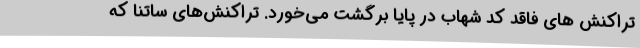
تراکنش های فاقد کد شهاب در پایا برگشت می‌خورد. تراکنش‌های ساتنا که